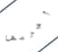
أجربها